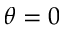
\theta = 0